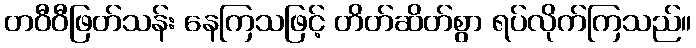
တဝီဝီဖြတ်သန်း နေကြသဖြင့် တိတ်ဆိတ်စွာ ရပ်လိုက်ကြသည်။